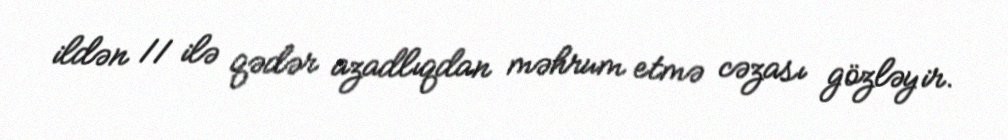
ildən 11 ilə qədər azadlıqdan məhrum etmə cəzası gözləyir.